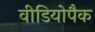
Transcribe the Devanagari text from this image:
वीडियोपैक